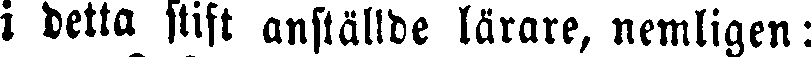
i detta stift anställde lärare, nemligen: